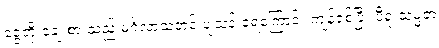
ငွေတိုးချေးစားသည့် မင်္ဂလာသဘင် ပျံသန်းခဲ့ရကြောင်း ကျန်ရစ်ပြီး ပီရူးသမ္မတ